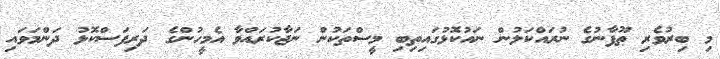
މި ބިރުވެރި ޠޫފާނުގެ ނުރައްކަލުން ނައުކޮޅުގައިތިބި މީސްތަކުން ނަޖާކުރައްވާ އެމީހުންގެ ދަރިފަސްކޮޅު ދަންމަވައި